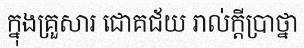
ក្នុងគ្រួសារ ជោគជ័យ រាល់ក្តីប្រាថ្នា